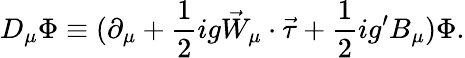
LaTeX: D_{\mu}\Phi\equiv(\partial_{\mu}+\frac{1}{2}ig\vec{W}_{\mu}\cdot\vec{\tau}+\frac{1}{2}ig^{\prime}B_{\mu})\Phi.